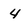
Character: 4